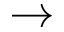
\rightarrow